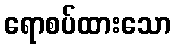
ရောစပ်ထားသော